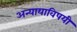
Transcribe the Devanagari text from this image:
अन्यायाविषयी